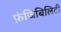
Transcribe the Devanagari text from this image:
फ़ंजिबिलिटी